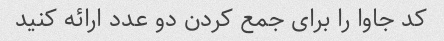
کد جاوا را برای جمع کردن دو عدد ارائه کنید